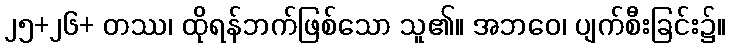
၂၅+၂၆+ တဿ၊ ထိုရန်ဘက်ဖြစ်သော သူ၏။ အဘဝေ၊ ပျက်စီးခြင်း၌။